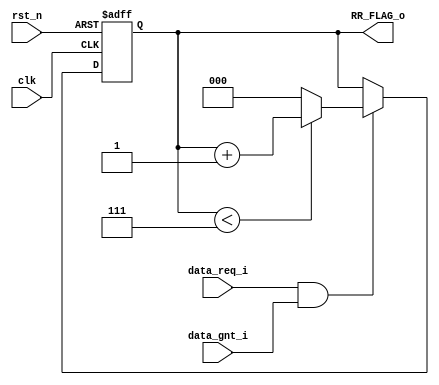
module axi_RR_Flag_Req 
#(

    parameter MAX_COUNT   = 8,
    parameter WIDTH       = $clog2(MAX_COUNT)
)
(
	clk,
	rst_n,
	RR_FLAG_o,
	data_req_i,
	data_gnt_i
);
	//parameter MAX_COUNT = 8;
	//parameter WIDTH = $clog2(MAX_COUNT);
	input wire clk;
	input wire rst_n;
	output reg [WIDTH - 1:0] RR_FLAG_o;
	input wire data_req_i;
	input wire data_gnt_i;
	always @(posedge clk or negedge rst_n) begin : RR_Flag_Req_SEQ
		if (rst_n == 1'b0)
			RR_FLAG_o <= 1'sb0;
		else if (data_req_i & data_gnt_i)
			if (RR_FLAG_o < (MAX_COUNT - 1))
				RR_FLAG_o <= RR_FLAG_o + 1'b1;
			else
				RR_FLAG_o <= 1'sb0;
	end
endmodule